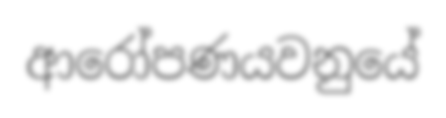
ආරෝපණයවනුයේ